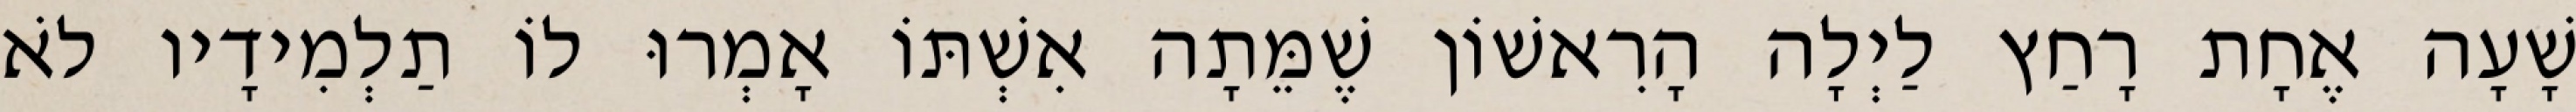
שָׁעָה אֶחָת רָחַץ לַיְלָה הָרִאשׁוֹן שֶׁמֵּתָה אִשְׁתּוֹ אָמְרוּ לוֹ תַלְמִידָיו לֹא